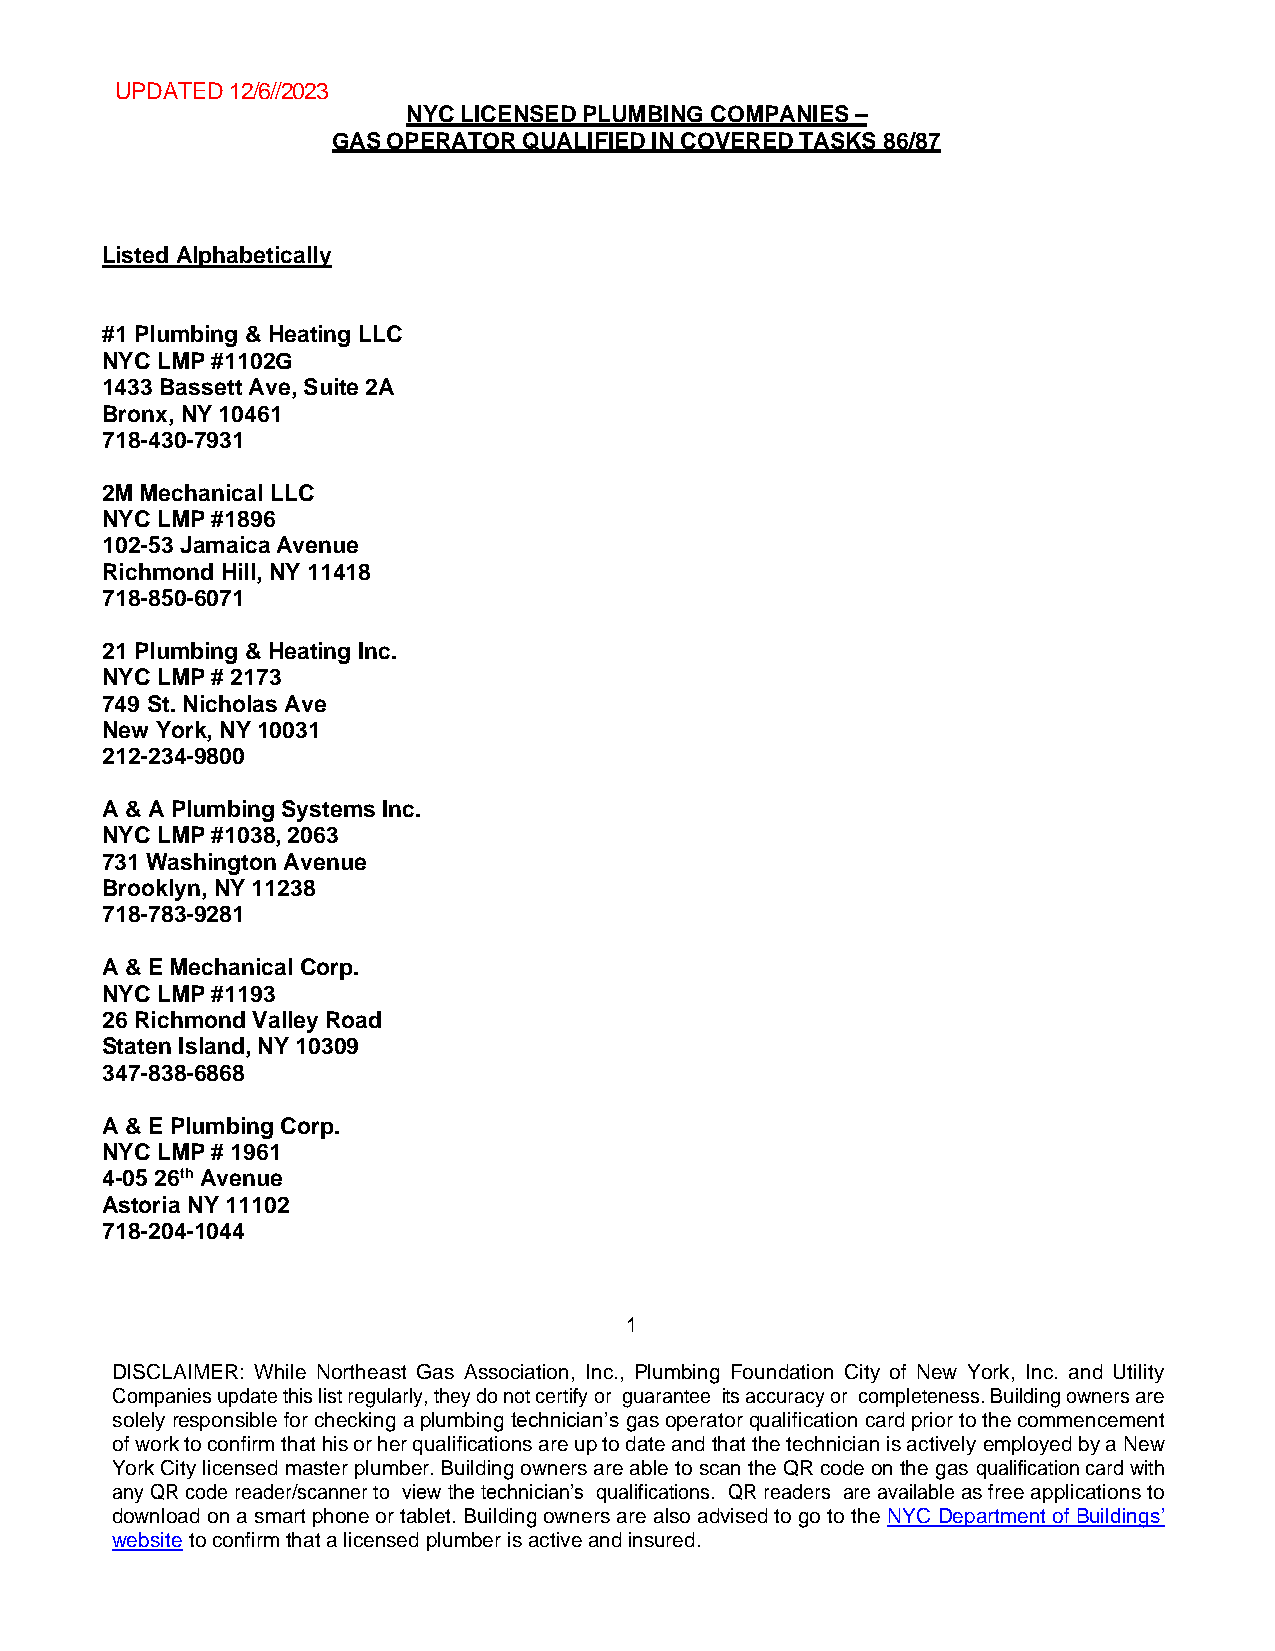
UPDATED 12/6//2023
 NYC LICENSED PLUMBING COMPANIES –
 GAS OPERATOR QUALIFIED IN COVERED TASKS 86/87
 Listed Alphabetically
 #1 Plumbing & Heating LLC
 NYC LMP #1102G
 1433 Bassett Ave, Suite 2A
 Bronx, NY 10461
 718-430-7931
 2M Mechanical LLC
 NYC LMP #1896
 102-53 Jamaica Avenue
 Richmond Hill, NY 11418
 718-850-6071
 21 Plumbing & Heating Inc.
 NYC LMP # 2173
 749 St. Nicholas Ave
 New York, NY 10031
 212-234-9800
 A & A Plumbing Systems Inc.
 NYC LMP #1038, 2063
 731 Washington Avenue
 Brooklyn, NY 11238
 718-783-9281
 A & E Mechanical Corp.
 NYC LMP #1193
 26 Richmond Valley Road
 Staten Island, NY 10309
 347-838-6868
 A & E Plumbing Corp.
 NYC LMP # 1961
 4-05 26th Avenue
 Astoria NY 11102
 718-204-1044
 1
 DISCLAIMER: While Northeast Gas Association, Inc., Plumbing Foundation City of New York, Inc. and Utility
 Companies update this list regularly, they do not certify or guarantee its accuracy or completeness. Building owners are
 solely responsible for checking a plumbing technician’s gas operator qualification card prior to the commencement
 of work to confirm that his or her qualifications are up to date and that the technician is actively employed by a New
 York City licensed master plumber. Building owners are able to scan the QR code on the gas qualification card with
 any QR code reader/scanner to view the technician’s qualifications. QR readers are available as free applications to
 download on a smart phone or tablet. Building owners are also advised to go to the NYC Department of Buildings’
 website to confirm that a licensed plumber is active and insured.